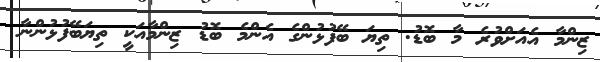
ޒިންމާ އެއަށްވުރެ މާ ބޮޑު. ތިޔަ ބޭފުޅުންގެ އެންމެ ބޮޑު ޒިންމާއަކީ ތިޔަބޭފުޅުންނާ